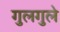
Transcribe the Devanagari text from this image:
गुलगुले